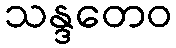
သန္ဒတေဝ